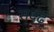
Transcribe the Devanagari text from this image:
सृदृढ़